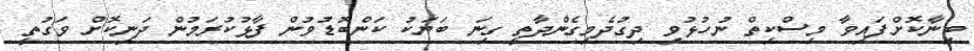
ބިނާކޮށްފައިވާ މިސްކިތް ނުހުޅުވި ދިގުދެމިގެންދާތީ ގިނަ ބަޔަކު ކަންބޮޑުވުން ފާޅުކުރަމުން ދަނިކޮށް ވަގުތީ